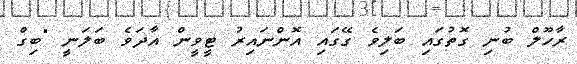
ރާހޫލް ބުނި ގޮތުގައި ބަލިވެ ގޭގައި އޮންނައިރު ޓީވީން އާދަވެ ބަލަނީ "ބިގް